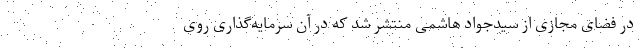
در فضای مجازی از سیدجواد هاشمی منتشر شد که در آن سرمایه‌گذاری روی